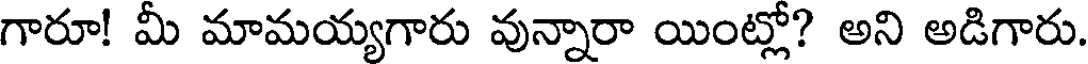
గారూ! మీ మామయ్యగారు వున్నారా యింట్లో? అని అడిగారు.